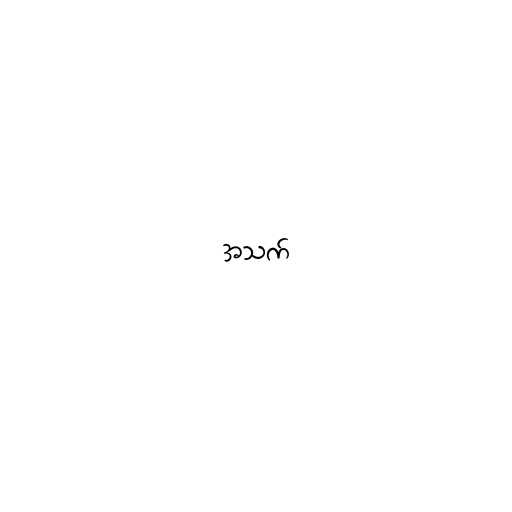
အသက်